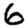
Digit: 6